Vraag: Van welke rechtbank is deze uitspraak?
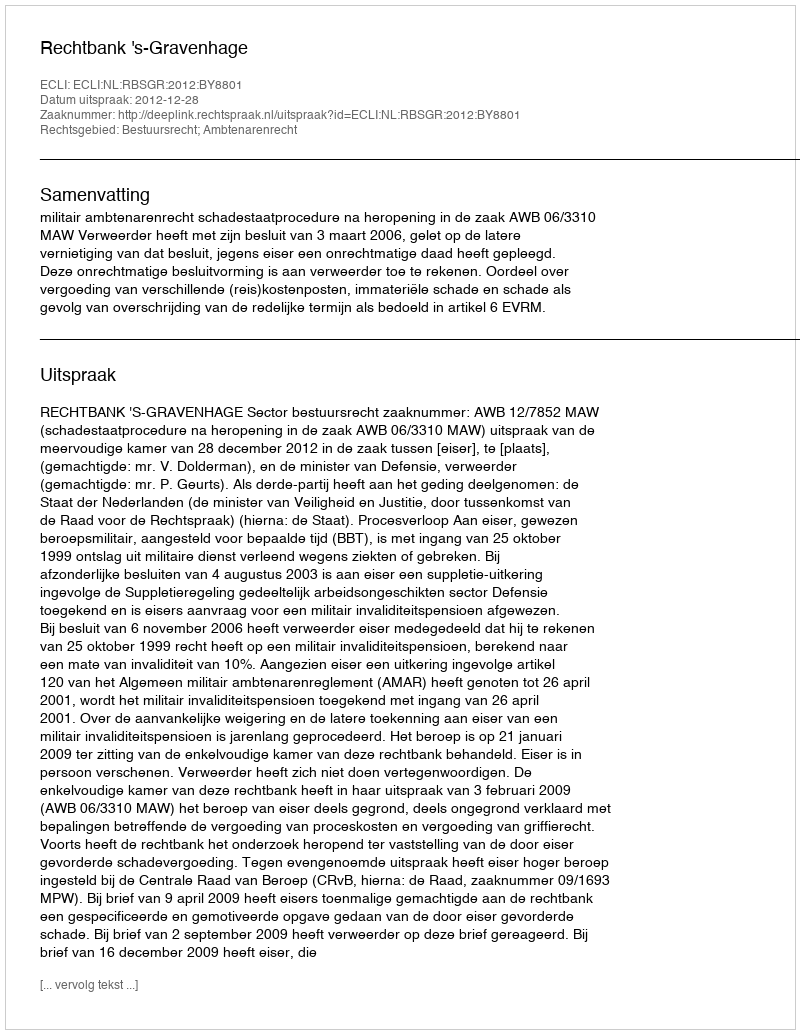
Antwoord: Rechtbank 's-Gravenhage